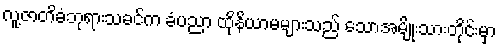
လူ့ဇာတိခံဘုရားသခင်က ခံပညာ ထိုနိယာမများသည် သောအမျိုးသားတိုင်းမှာ